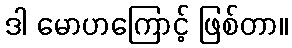
ဒါ မောဟကြောင့် ဖြစ်တာ။